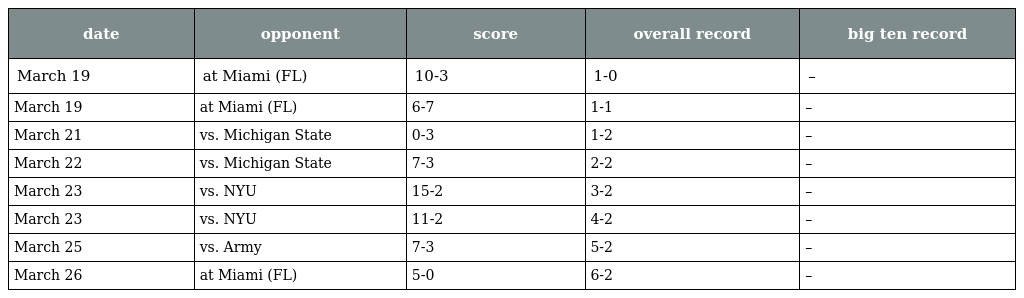
| date | opponent | score | overall record | big ten record |
 | --- | --- | --- | --- | --- |
 | March 19 | at Miami (FL) | 10-3 | 1-0 | – |
 | March 19 | at Miami (FL) | 6-7 | 1-1 | – |
 | March 21 | vs. Michigan State | 0-3 | 1-2 | – |
 | March 22 | vs. Michigan State | 7-3 | 2-2 | – |
 | March 23 | vs. NYU | 15-2 | 3-2 | – |
 | March 23 | vs. NYU | 11-2 | 4-2 | – |
 | March 25 | vs. Army | 7-3 | 5-2 | – |
 | March 26 | at Miami (FL) | 5-0 | 6-2 | – |